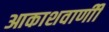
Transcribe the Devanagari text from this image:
आकाशवाणीी